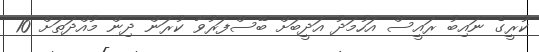
ކުރީގެ ނައިބު ރައީސް އަހުމަދު އަދީބަށް ބޭސްފަރުވާ ކުރަން ދިން މުއްދަތަށް 10